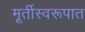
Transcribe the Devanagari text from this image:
मूर्तीस्वरूपात